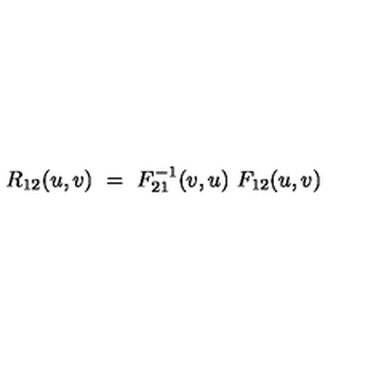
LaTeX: R _ { 1 2 } ( u , v ) \ = \ F _ { 2 1 } ^ { - 1 } ( v , u ) \ F _ { 1 2 } ( u , v )